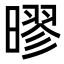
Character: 㬔